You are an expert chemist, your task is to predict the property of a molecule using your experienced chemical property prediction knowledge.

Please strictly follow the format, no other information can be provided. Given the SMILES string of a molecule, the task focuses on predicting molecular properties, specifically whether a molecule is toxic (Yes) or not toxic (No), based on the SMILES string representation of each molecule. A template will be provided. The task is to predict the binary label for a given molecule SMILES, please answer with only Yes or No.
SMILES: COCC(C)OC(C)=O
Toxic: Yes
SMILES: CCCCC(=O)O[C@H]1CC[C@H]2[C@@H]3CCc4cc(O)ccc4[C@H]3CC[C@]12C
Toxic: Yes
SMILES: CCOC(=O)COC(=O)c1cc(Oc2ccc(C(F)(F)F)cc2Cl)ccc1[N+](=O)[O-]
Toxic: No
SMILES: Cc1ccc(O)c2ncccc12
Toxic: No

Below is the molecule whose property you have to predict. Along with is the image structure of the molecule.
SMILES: CCOC(=O)C1OC1c1ccccc1
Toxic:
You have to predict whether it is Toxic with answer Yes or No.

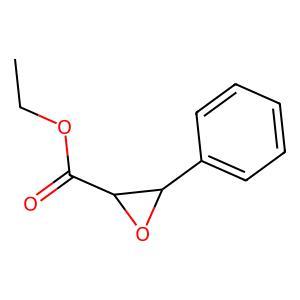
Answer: No